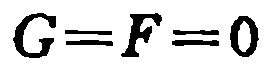
\(G==F==0\)